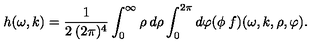
h ( \omega , k ) = \frac { 1 } { 2 \: ( 2 \pi ) ^ { 4 } } \int _ { 0 } ^ { \infty } \rho \: d \rho \int _ { 0 } ^ { 2 \pi } d \varphi ( \phi \: f ) ( \omega , k , \rho , \varphi ) .